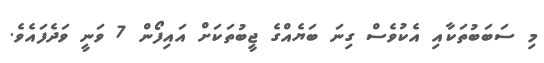
މި ސަބަބުތަކާއި އެކުވެސް ގިނަ ބަޔެއްގެ ޖީބުތަކަށް އައިފޯން 7 ވަނީ ވަދެފައެވެ.